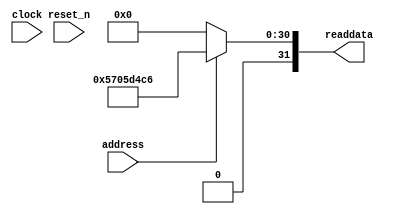
module niosII_system_sysid_qsys_0 (
               // inputs:
                address,
                clock,
                reset_n,

               // outputs:
                readdata
             )
;

  output  [ 31: 0] readdata;
  input            address;
  input            clock;
  input            reset_n;

  wire    [ 31: 0] readdata;
  //control_slave, which is an e_avalon_slave
  assign readdata = address ? 1459999942 : 0;

endmodule